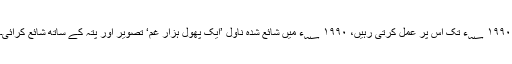
۱۹۹۰ ؁ء تک اس پر عمل کرتی رہیں، ۱۹۹۰ ؁ء میں شائع شدہ ناول ’ایک پھول ہزار غم‘ تصویر اور پتہ کے ساتھ شائع کرائی۔